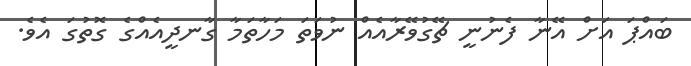
ބައްޕަ އަށް އޭނާ ފެނުނީ ޗޭގުވޭރާއެއް ނުވަތަ މަހާތަމާ ގާނދީއެއްގެ ގޮތުގަ އެވެ.